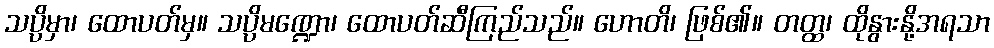
သပ္ပိမှာ၊ ထောပတ်မှ။ သပ္ပိမဏ္ဍော၊ ထောပတ်ဆီကြည်သည်။ ဟောတိ၊ ဖြစ်၏။ တတ္ထ၊ ထိုနွားနို့အရသာ